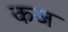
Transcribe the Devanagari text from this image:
कज